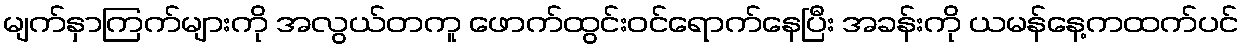
မျက်နှာကြက်များကို အလွယ်တကူ ဖောက်ထွင်းဝင်ရောက်နေပြီး အခန်းကို ယမန်နေ့ကထက်ပင်